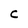
Character: C